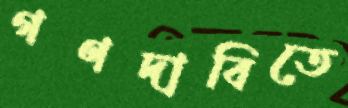
গণদাবিতে